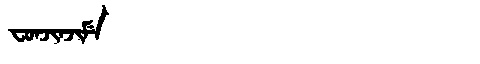
Manchu: ᠸᠣᠨᠵᡳᠨᠵᡳᠮᡝ
Romanization: FONJINJIME